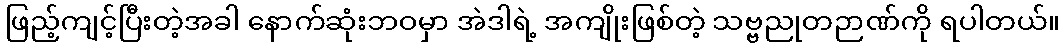
ဖြည့်ကျင့်ပြီးတဲ့အခါ နောက်ဆုံးဘဝမှာ အဲဒါရဲ့ အကျိုးဖြစ်တဲ့ သဗ္ဗညုတဉာဏ်ကို ရပါတယ်။